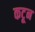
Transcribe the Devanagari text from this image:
कटून